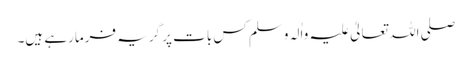
صلی اللہ تعالیٰ علیہ واٰلہ وسلم کس بات پر گریہ فرمارہے ہیں۔